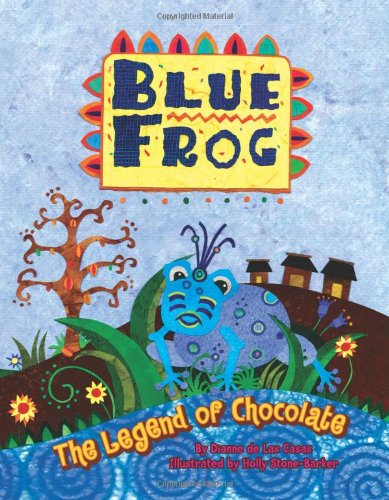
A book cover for Blue Frog: The Legend of Chocolate; Dianne De Las Casas; Children's Books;